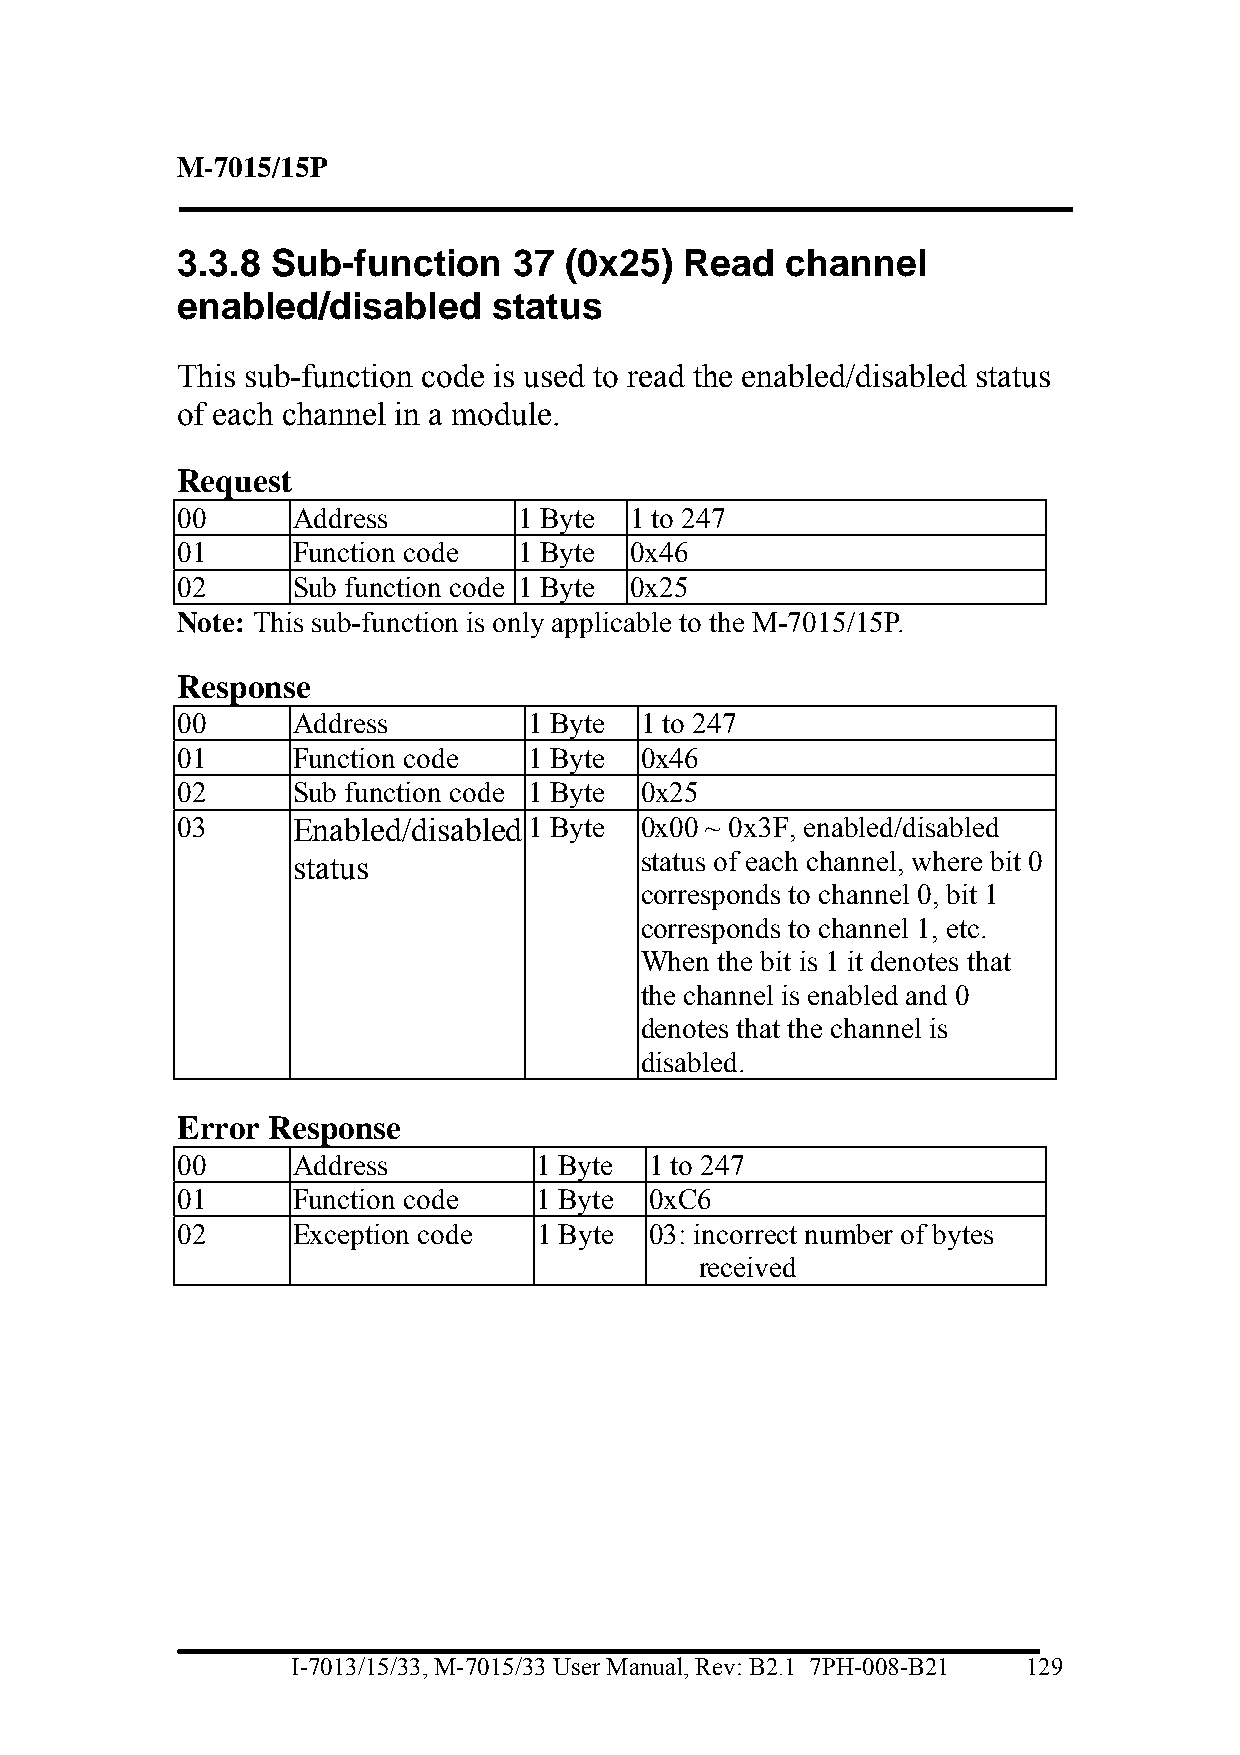
M-7015/15P
 3.3.8 Sub-function    37 (0x25)  Read   channel
 enabled/disabled     status
 This sub-function code is used to read the enabled/disabled status
 of each channel in a module.
 Request
 00     Address        1 Byte  1 to 247
 01     Function code  1 Byte  0x46
 02     Sub function code 1 Byte 0x25
 Note: This sub-function is only applicable to the M-7015/15P.
 Response
 00     Address         1 Byte 1 to 247
 01     Function code   1 Byte 0x46
 02     Sub function code 1 Byte 0x25
 03     Enabled/disabled 1 Byte 0x00 ~ 0x3F, enabled/disabled
 status                 status of each channel, where bit 0
 corresponds to channel 0, bit 1
 corresponds to channel 1, etc.
 When the bit is 1 it denotes that
 the channel is enabled and 0
 denotes that the channel is
 disabled.
 Error Response
 00     Address          1 Byte 1 to 247
 01     Function code    1 Byte 0xC6
 02     Exception code   1 Byte 03: incorrect number of bytes
 received
 I-7013/15/33, M-7015/33 User Manual, Rev: B2.1 7PH-008-B21 129